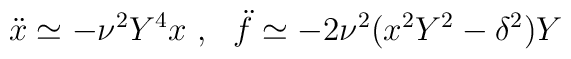
{\ddot x} \simeq - \nu^2 Y^4 x \ , \ \ {\ddot f} \simeq -2 \nu^2 (x^2 Y^2 -\delta^2 ) Y